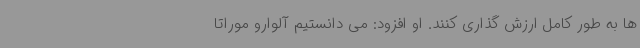
ها به طور کامل ارزش گذاری کنند. او افزود: می دانستیم آلوارو موراتا